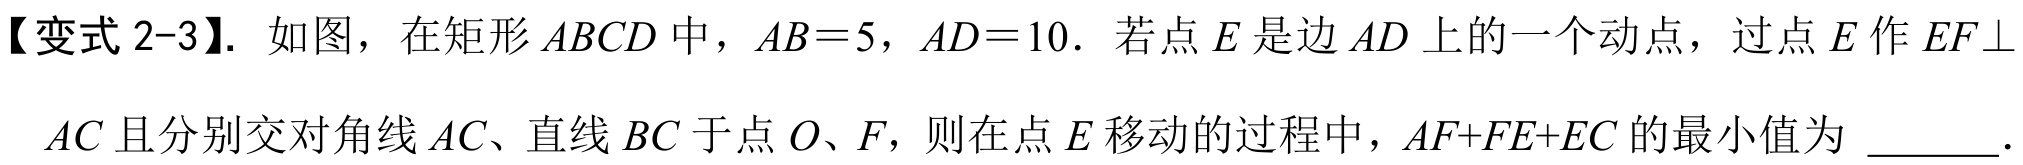
【变式 2-3】. 如图，在矩形$ABCD$中，$AB = 5$，$AD = 10$．若点$E$是边$AD$上的一个动点，过点$E$作$EF\perp$
$AC$且分别交对角线$AC$、直线$BC$于点$O、F$，则在点$E$移动的过程中，$AF + FE + EC$的最小值为  ．